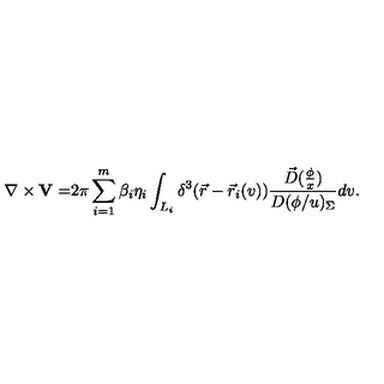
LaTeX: \nabla \times { \bf V = } 2 \pi \sum _ { i = 1 } ^ { m } \beta _ { i } \eta _ { i } \int _ { L _ { i } } \delta ^ { 3 } ( \vec { r } - \vec { r } _ { i } ( v ) ) \frac { \vec { D } ( \frac \phi x ) } { D ( \phi / u ) _ { \Sigma } } d v .